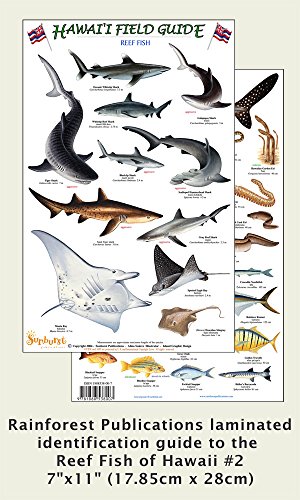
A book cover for Hawaii Reef Fish #2 Identification Guide (Laminated Single Sheet Field Guide (Hawaii Field Guides) (v. 1) (English and Spanish Edition); Rainforest Publications; Travel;